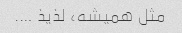
مثل همیشه، لذیذ ….